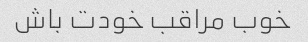
خوب مراقب خودت باش